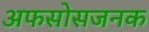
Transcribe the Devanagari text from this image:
अफसोसजनक